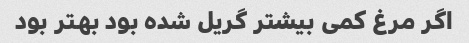
اگر مرغ کمی بیشتر گریل شده بود بهتر بود